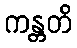
ကန္တတိ